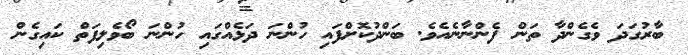
ބާރުގަދަ ވެގެންދާ ތަން ފެންނާނެއެވެ. ބަންދުކޮށްފައި ހުންނަ ދަޅެއްގައި ހުންނަ ބޯވެލިފަތް ކައިގެން